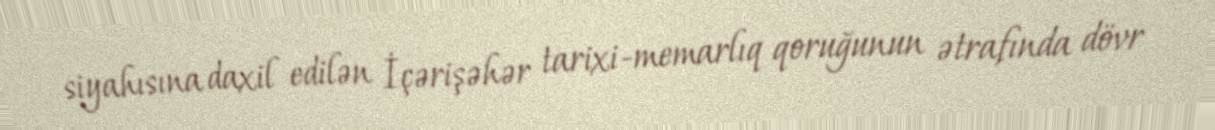
siyahısına daxil edilən İçərişəhər tarixi-memarlıq qoruğunun ətrafında dövr